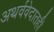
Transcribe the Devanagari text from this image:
अथर्ववेदातही